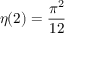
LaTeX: \eta ( 2 ) = { \frac { \pi ^ { 2 } } { 1 2 } }